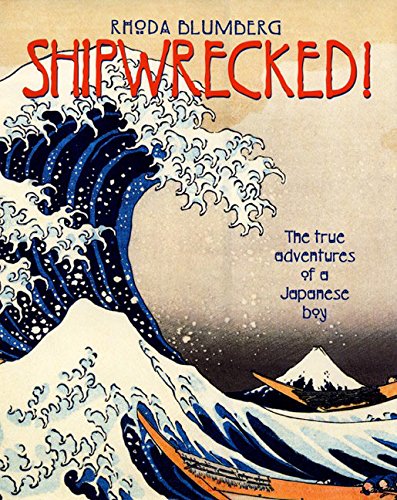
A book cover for Shipwrecked!: The True Adventures of a Japanese Boy; Rhoda Blumberg; Children's Books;